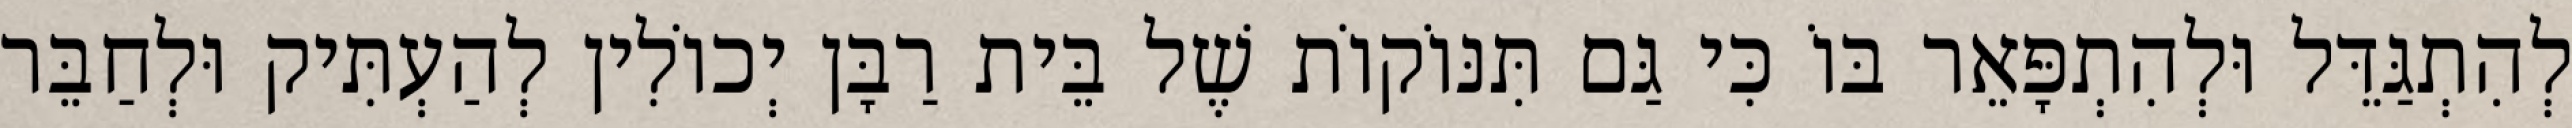
לְהִתְגַּדֵּל וּלְהִתְפָּאֵר בּוֹ כִּי גַּם תִּנּוֹקוֹת שֶׁל בֵּית רַבָּן יְכוֹלִין לְהַעְתִּיק וּלְחַבֵּר